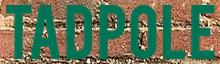
TADPOLE